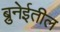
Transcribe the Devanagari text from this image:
ब्रुनेईतील